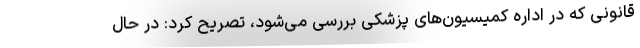
قانونی که در اداره کمیسیون‌های پزشکی بررسی می‌شود، تصریح کرد: در حال